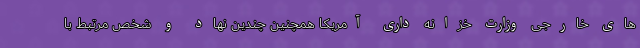
های خارجی وزارت خزانه داری آمریکا همچنین چندین نهاد و شخص مرتبط با